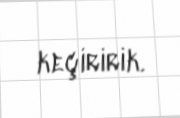
keçiririk.